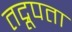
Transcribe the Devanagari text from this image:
तद्रूपता